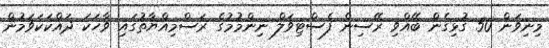
މިނިވަން 50 ގުޅިގެން ބޭއްވި ރޭސިން ފެސްޓިވަލް ނިންމުމުގެ ރަސްމިއްޔާތުގައި ވާހަކަ ދައްކަކަވަމުން